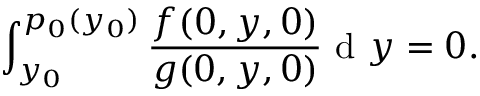
\int _ { y _ { 0 } } ^ { p _ { 0 } ( y _ { 0 } ) } \frac { f ( 0 , y , 0 ) } { g ( 0 , y , 0 ) } \textnormal { d } y = 0 .